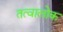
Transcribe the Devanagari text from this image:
तत्वालोक